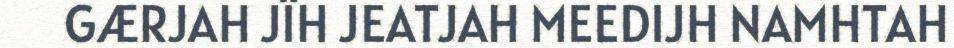
GÆRJAH JÏH JEATJAH MEEDIJH NAMHTAH